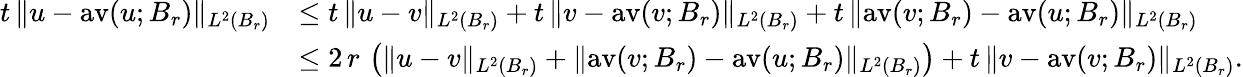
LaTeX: \begin{array}{rl}{t\, \| u-\mathrm{av}(u;B_{r})\| _{L^{2}(B_{r})}}&{\le t\, \| u-v\| _{L^{2}(B_{r})}+t\, \| v-\mathrm{av}(v;B_{r})\| _{L^{2}(B_{r})}+t\, \| \mathrm{av}(v;B_{r})-\mathrm{av}(u;B_{r})\| _{L^{2}(B_{r})}}\\ &{\le 2\, r\, \left(\| u-v\| _{L^{2}(B_{r})}+\| \mathrm{av}(v;B_{r})-\mathrm{av}(u;B_{r})\| _{L^{2}(B_{r})}\right)+t\, \| v-\mathrm{av}(v;B_{r})\| _{L^{2}(B_{r})}.}\end{array}